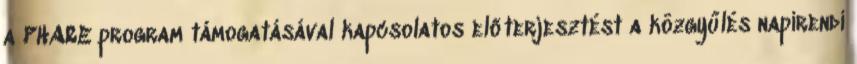
a PHARE program támogatásával kapcsolatos előterjesztést a közgyűlés napirendi